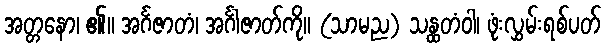
အတ္တနော၊ ၏။ အင်္ဂဇာတံ၊ အင်္ဂါဇာတ်ကို။ (သာမည) သန္ထတံဝါ၊ ဖုံးလွှမ်းရစ်ပတ်